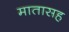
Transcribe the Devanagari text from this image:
मातासह